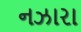
નઝારા